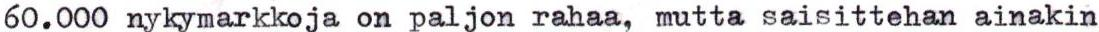
60.000 nykymarkkoja on paljon rahaa, mutta saisittehan ainakin